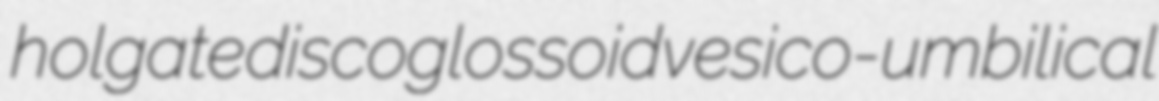
holgate discoglossoid vesico-umbilical